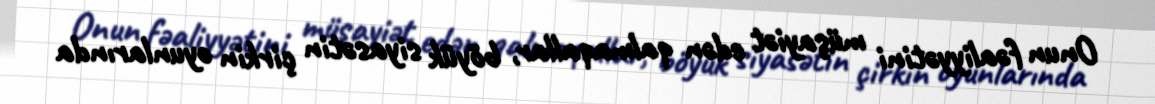
Onun fəaliyyətini müşayiət edən qalmaqallar, böyük siyasətin çirkin oyunlarında